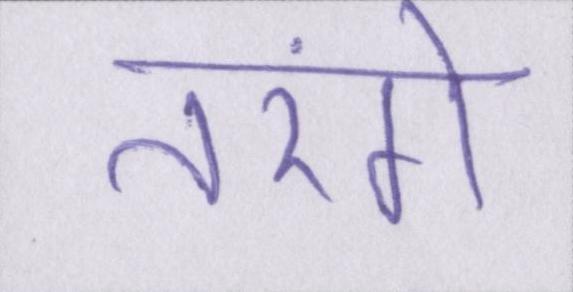
तरंगे